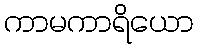
ကာမကာရိယော